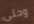
وحتى